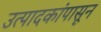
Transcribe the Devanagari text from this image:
उत्पादकांपासून